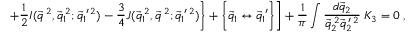
\left. \left. + \frac { 1 } { 2 } I ( \vec { q } ^ { \: 2 } , \vec { q } _ { 1 } ^ { \: 2 } ; \vec { q } _ { 1 } ^ { \: \prime \: 2 } ) - \frac { 3 } { 4 } J ( \vec { q } _ { 1 } ^ { \: 2 } , \vec { q } ^ { \: 2 } ; \vec { q } _ { 1 } ^ { \: \prime \: 2 } ) \right\} + \biggl \{ \vec { q } _ { 1 } \leftrightarrow \vec { q } _ { 1 } ^ { \: \prime } \biggr \} \right] + \frac { 1 } { \pi } \int \frac { d \vec { q } _ { 2 } } { \vec { q } _ { 2 } ^ { \: 2 } \vec { q } _ { 2 } ^ { \: \prime \: 2 } } \: { \cal K } _ { 3 } = 0 \; ,